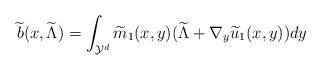
LaTeX: \begin{align*}\widetilde{b} (x,\widetilde{\Lambda} )=\int_{\mathcal{Y}^d}\widetilde{m}_1 (x,y ) (\widetilde{\Lambda}+\nabla_y\widetilde{u}_1 (x,y ) )dy\end{align*}